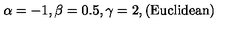
\alpha = - 1 , \beta = 0 . 5 , \gamma = 2 , ( \mathrm { E u c l i d e a n } )